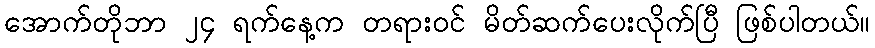
အောက်တိုဘာ ၂၄ ရက်နေ့က တရားဝင် မိတ်ဆက်ပေးလိုက်ပြီ ဖြစ်ပါတယ်။